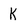
Character: k